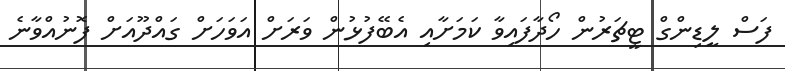
ފަސް ލީޑިންގް ޓީޗަރުން ހޯދާފައިވާ ކަމަށާއި އެބޭފުޅުން ވަރަށް އަވަހަށް ގައްދޫއަށް ފޮނުއްވާނެ